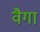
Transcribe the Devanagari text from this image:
वैगा